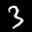
Label: 3